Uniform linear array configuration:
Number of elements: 64
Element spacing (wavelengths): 0.25
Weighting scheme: hann
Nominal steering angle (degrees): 15
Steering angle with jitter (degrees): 15.406
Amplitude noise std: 0.05
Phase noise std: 0.05

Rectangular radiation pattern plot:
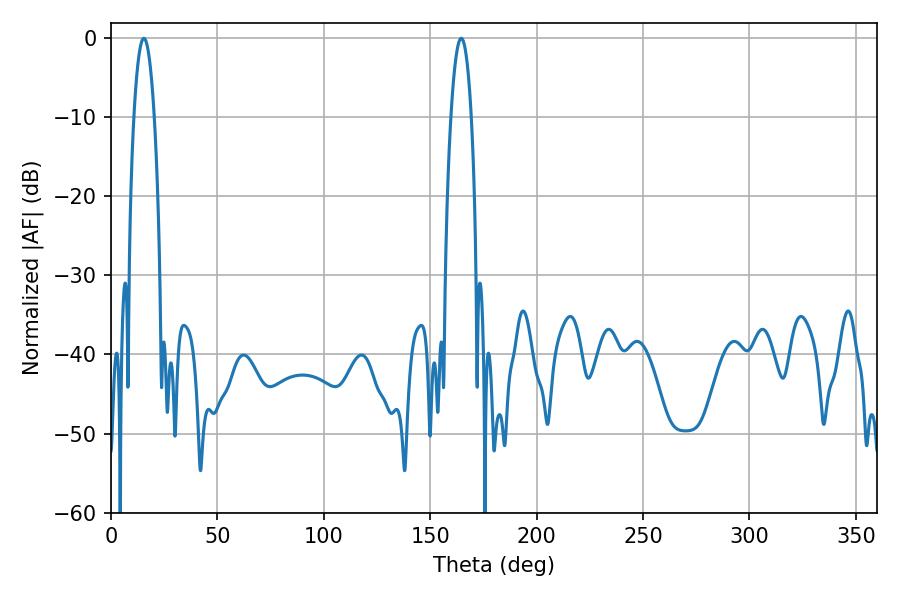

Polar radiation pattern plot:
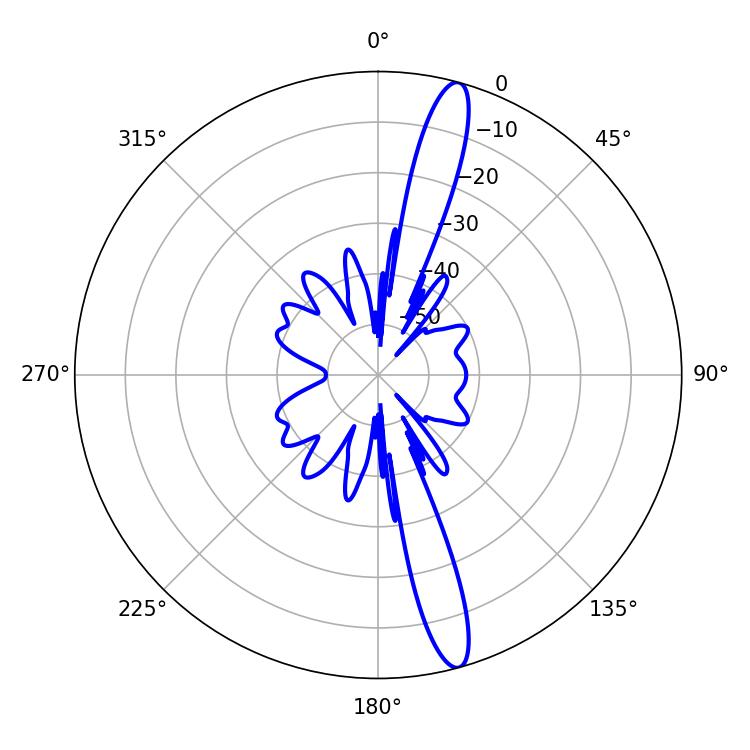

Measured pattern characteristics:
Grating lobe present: FALSE
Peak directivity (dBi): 15.753
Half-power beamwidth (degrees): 5.4
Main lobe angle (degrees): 15.48